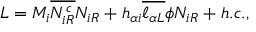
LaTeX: { \cal L } = M _ { i } \overline { { { N _ { i R } ^ { c } } } } N _ { i R } + h _ { \alpha i } \overline { { { \ell _ { \alpha L } } } } \phi N _ { i R } + h . c . ,